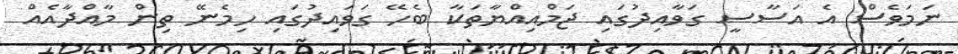
ނަމަވެސް އެ އަސާސީ ގަވާއިދުގައި ޖަމްއިއްޔާތަކާ ބެހޭ ގަވައިދުގައި ހިމެނޭ ތިން މާއްދާއެއް